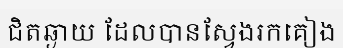
ជិតឆ្ងាយ ដែលបានស្វែងរកគៀង